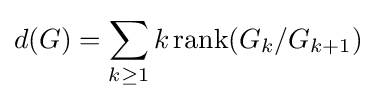
d(G)=\sum _{k\geq 1}k\operatorname {rank} (G_{k}/G_{k+1})